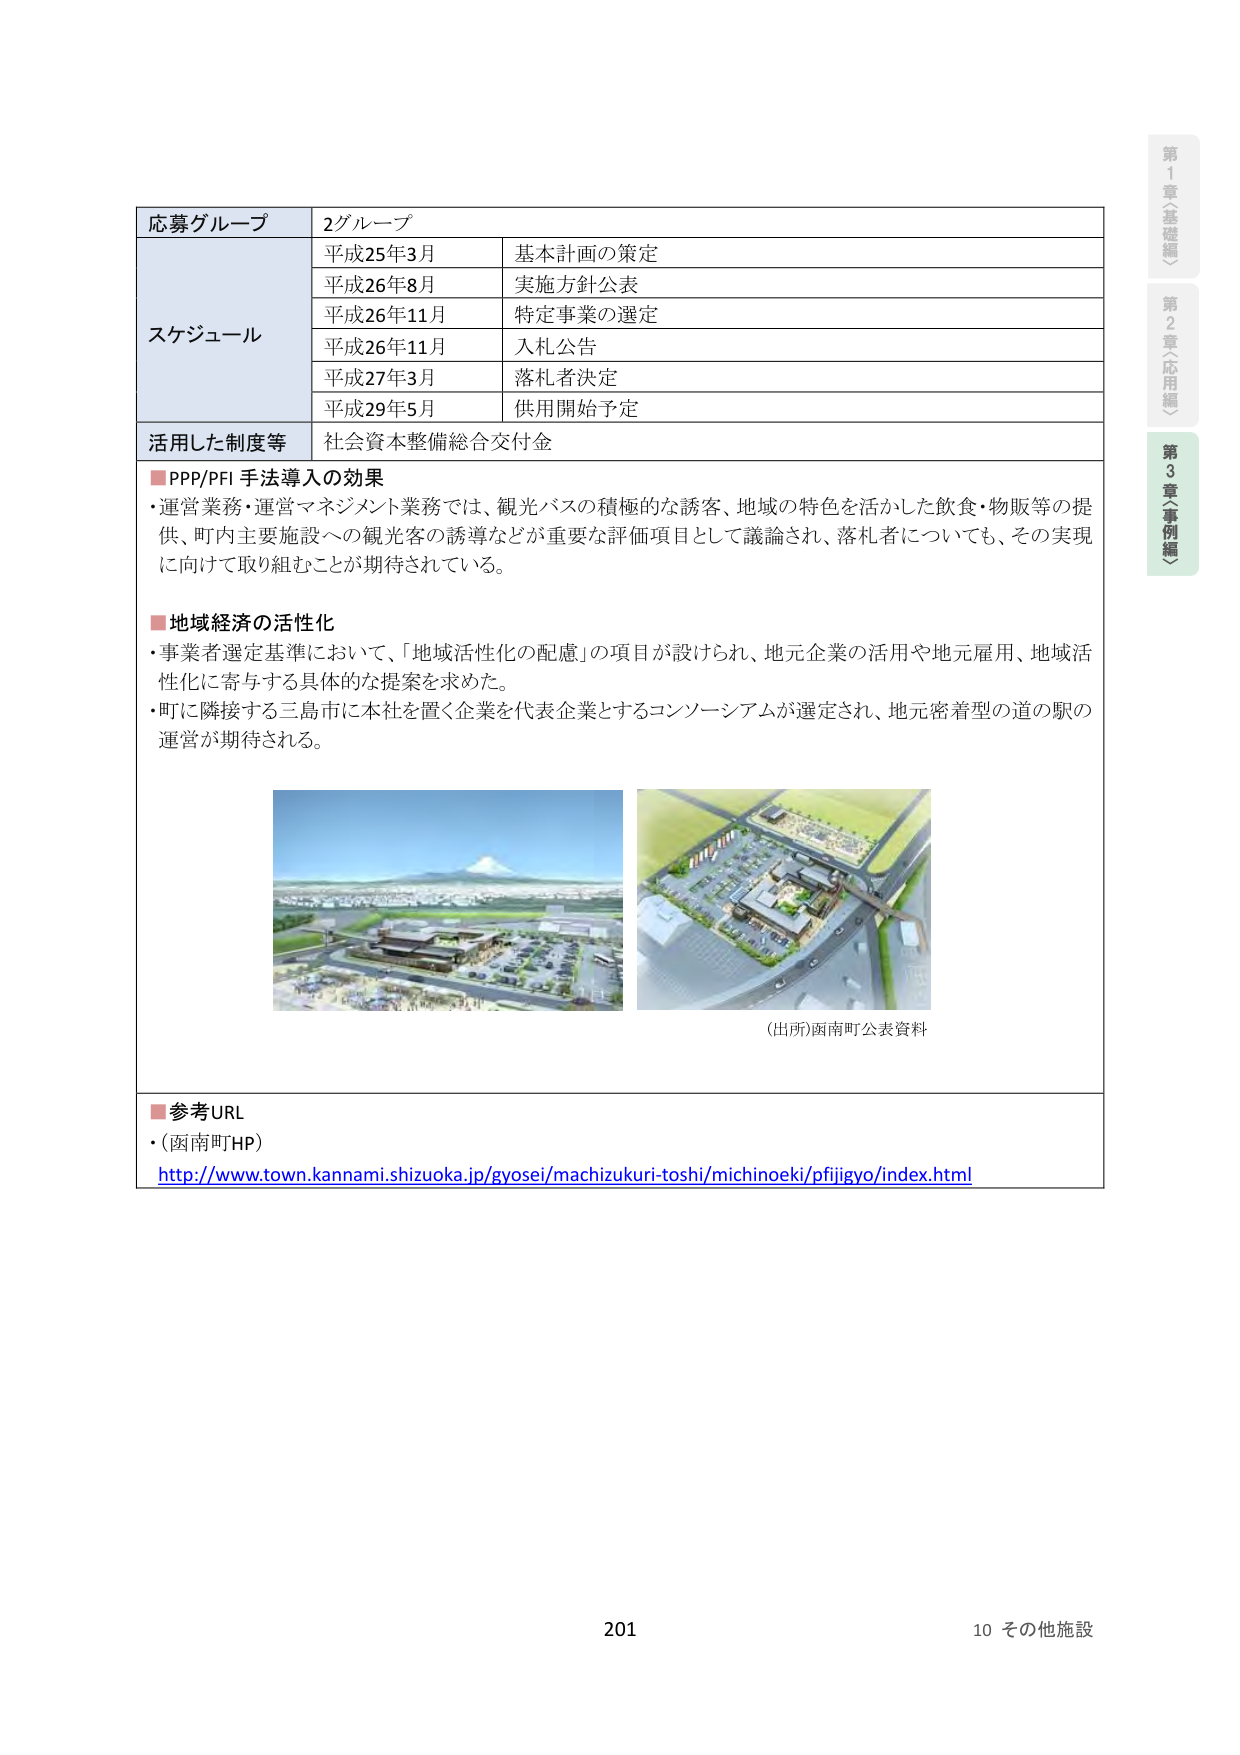
応募グループ 2グループ
スケジュール
平成25年3月 基本計画の策定
平成26年8月 実施方針公表
平成26年11月 特定事業の選定
平成26年11月 入札公告
平成27年3月 落札者決定
平成29年5月 供用開始予定
活用した制度等 社会資本整備総合交付金

■PPP/PFI 手法導入の効果
・運営業務・運営マネジメント業務では、観光バスの積極的な誘客、地域の特色を活かした飲食・物販等の提供、町内主要施設への観光客の誘導などが重要な評価項目として議論され、落札者についても、その実現に向けて取り組むことが期待されている。

■地域経済の活性化
・事業者選定基準において、「地域活性化の配慮」の項目が設けられ、地元企業の活用や地元雇用、地域活性化に寄与する具体的な提案を求めた。
・町に隣接する三島市に本社を置く企業を代表企業とするコンソーシアムが選定され、地元密着型の道の駅の運営が期待される。

（出所）函南町公表資料

■参考URL
・（函南町HP）
http://www.town.kannami.shizuoka.jp/gyosei/machizukuri-toshi/michinoeki/pfijigyo/index.html

第1章（基礎編）
第2章（応用編）
第3章（事例編）

201 10 その他施設